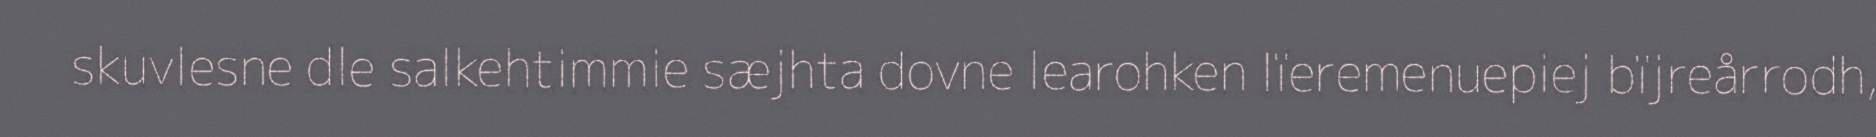
skuvlesne dle salkehtimmie sæjhta dovne learohken lïeremenuepiej bïjreårrodh,